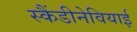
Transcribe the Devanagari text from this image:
स्कैंडीनेवियाई